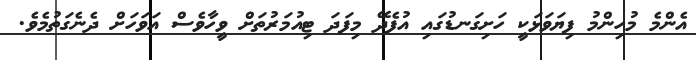
އެންމެ މުހިންމު ފިޔަވަޅަކީ ހަށިގަނޑުގައި އުފެދޭ މިފަދަ ޓިއުމަރުތަށް ވީހާވެސް އަވަހަށް ދެނެގަތުމެވެ.